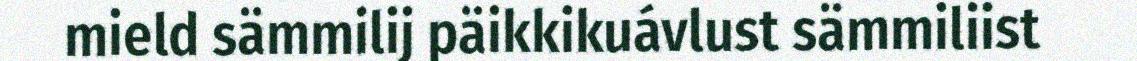
mield sämmilij päikkikuávlust sämmiliist